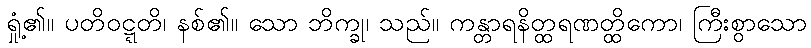
ရှုံ့၏။ ပတိဝဋ္ဋတိ၊ နစ်၏။ သော ဘိက္ခု၊ သည်။ ကန္တာရနိတ္ထရဏတ္ထိကော၊ ကြီးစွာသော